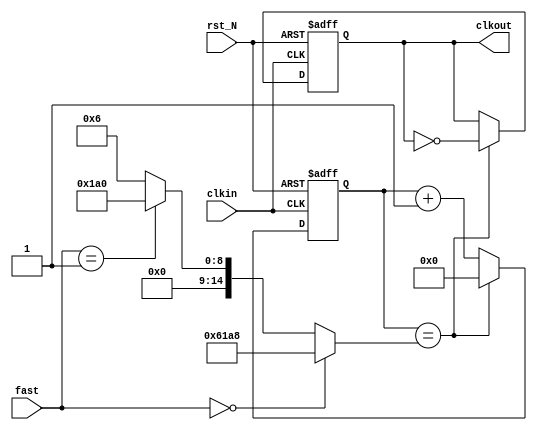
module ClockDivider (
	input						clkin				,	// 50MHz
	input						rst_N				,
	input		[ 1:0]			fast				,	
	output						clkout					// 1kHz
	// output						clkkey					// 400ms
);


	parameter					DivideNum_normal	= 25'd25_000;
	parameter					DivideNum_fast0		= 25'd416;
	parameter					DivideNum_fast1		= 25'd6;

	parameter					DivideNum_key		= 16'd10_000;


	wire		[25:0]			DivideNum			;

	reg							r_clkout			;
	reg			[25:0]			r_count				= 25'b0;

	// reg							r_clkkey			;
	// reg			[25:0]			r_count1			= 25'b0;


	assign		DivideNum		= (fast == 2'd0) ? DivideNum_normal : ((fast == 2'd1) ? DivideNum_fast0 : DivideNum_fast1);

	assign		clkout			= r_clkout;
	// assign		clkkey			= r_clkkey;



	always @(posedge clkin or negedge rst_N) begin
		if (!rst_N) begin
			r_count		<= 25'b0;
			r_clkout	<= 1'b0;
		end else begin
			if (r_count == DivideNum) begin
				r_count		<= 25'b0;
				r_clkout	<= !r_clkout;
			end else begin
				r_count		<= r_count + 25'b1;
				r_clkout	<= r_clkout;
			end
		end
	end


	// always @(posedge clkin or negedge rst_N) begin
	// 	if (!rst_N) begin
	// 		r_count1	<= 25'b0;
	// 		r_clkkey	<= 1'b0;
	// 	end else begin
	// 		if (r_count == DivideNum_key) begin
	// 			r_count1	<= 25'b0;
	// 			r_clkkey	<= !r_clkkey;
	// 		end else begin
	// 			r_count1	<= r_count1 + 25'b1;
	// 			r_clkkey	<= r_clkkey;
	// 		end
	// 	end
	// end


endmodule